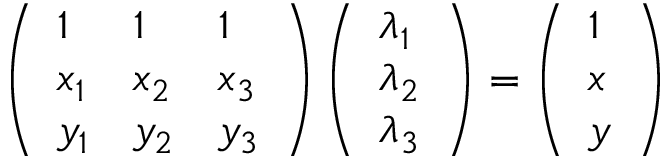
\left( { \begin{array} { l l l } { 1 } & { 1 } & { 1 } \\ { x _ { 1 } } & { x _ { 2 } } & { x _ { 3 } } \\ { y _ { 1 } } & { y _ { 2 } } & { y _ { 3 } } \end{array} } \right) { \left( \begin{array} { l } { \lambda _ { 1 } } \\ { \lambda _ { 2 } } \\ { \lambda _ { 3 } } \end{array} \right) } = \left( { \begin{array} { l } { 1 } \\ { x } \\ { y } \end{array} } \right)